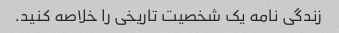
زندگی نامه یک شخصیت تاریخی را خلاصه کنید.